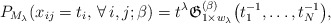
\begin{gather*}P_{M_{\lambda}}(x_{ij}=t_i,\, \forall \, i,j; \beta) = t^{\lambda}{\mathfrak{G}}_{1 \times w_{\lambda}}^{(\beta)}\big(t_1^{-1}, \ldots,t_{N}^{-1}\big),\end{gather*}